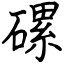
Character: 磥